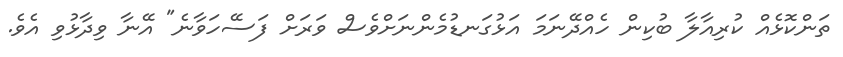
ތަންކޮޅެއް ކުރިއާލާ ބުކިން ހެެއްދޭނަމަ އަޅުގަނޑުމެންނަށްވެސް ވަރަށް ފަސޭހަވާނެ" އޭނާ ވިދާޅުވި އެވެ.